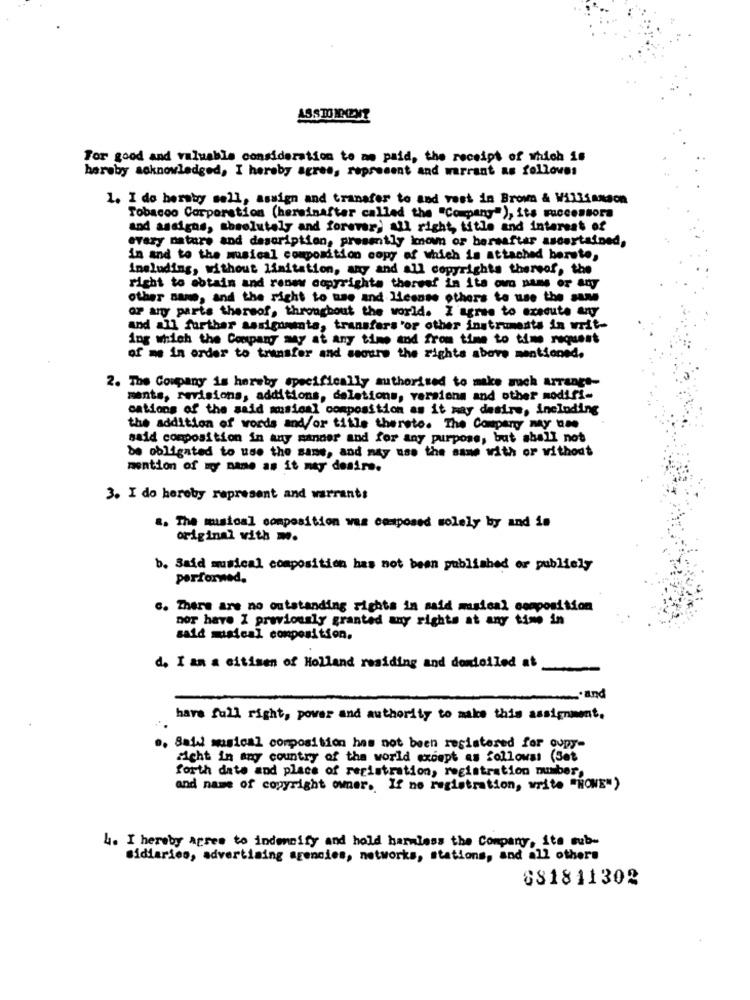
ASSTO MONT
For good and valuable consideration to me paid, the receipt of which is
hereby acknowledged, I hereby agree, represent and warrant as folloves
1. I do hereby sell, assign and transfer to and vest in Brown & Williamson
Tobacco Corporation (hereinafter called the "Company"), its successora
and assigns, absolutely and forever; All right, title and interest of
every nature and description, presently known or borsaftar ascertained,
in and to the musical composition copy of which is attached berete,
including, without limitation, any and all copyrights thereof, the
right to obtain and renew copyrights thereef in its own name or any
other name, and the right to use and liesnse others to use the same
OP any parts thereof, throughout the world. I agree to execute any
and all further assignmenta, transfers 'or other instruments in writ-
ing which the Company may at any time and from time to time request
of me in order to transfer and secure the rights above mentioned.
2. The Company is hereby specifically authorised to make such arrange-
ments, revisions, additions, deletions, versions and other modifi-
cations of the said musical composition as it may desire, including
the addition of words and/or title thereto. The Company may use
said composition in any manner and for any purpose, but shall not
be obligated to use the sans, and may use the same with or without
mention of my name as it may desire.
3. I do hereby represent and warrants
a. The musical composition was composed solely by and is
original vith m.
b. Said musical composition has not been published or publiely
performed.
c. There are no outstanding rights in said musical composition
nor have I previously granted any rights at any time in
said musical composition.
d. I an a citisen of Holland residing and domioiled at
.and
have full right, power and authority to make this assignment.
., Saidi musical composition has not been registered for oupy-
richt in any country of the world except as followss (Set
forth date and place of registration, registration number,
and name of copyright owner .. If no registration, write "NONE")
4. I hereby agree to indemnify and hold harmless the Company, its sub-
sidiaries, advertising agencies, networks, stations, and all others
881811302